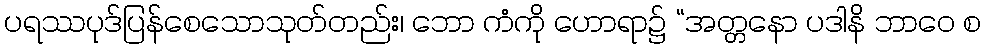
ပရဿပုဒ်ပြန်စေသောသုတ်တည်း၊ ဘော ကံကို ဟောရာ၌ “အတ္တနော ပဒါနိ ဘာဝေ စ